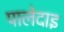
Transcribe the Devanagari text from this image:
पालेदाइ